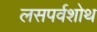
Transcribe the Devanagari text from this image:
लसपर्वशोथ